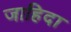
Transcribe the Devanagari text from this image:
जाहिदा